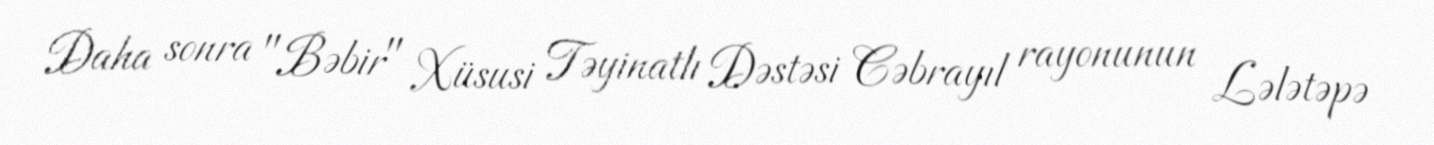
Daha sonra "Bəbir" Xüsusi Təyinatlı Dəstəsi Cəbrayıl rayonunun Lələtəpə